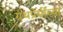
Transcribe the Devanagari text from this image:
ग्रंथप्रेमींच्या